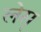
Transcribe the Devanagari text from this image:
लेस्